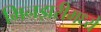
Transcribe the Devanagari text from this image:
मिनझरीमध्ये